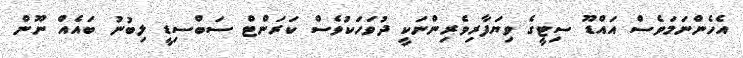
އެހެންނަމަވެސް އައްޑޫ ސިޓީގެ ވިޔަފާރިވެރިންނަކީ ދުވަހަކުވެސް ކަރަންޓް ސަބްސިޑީ ލިބުނު ބައެއް ނޫން